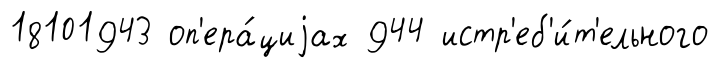
18101943 оп'ера́циjах 944 истр'еб'и́т'ельного